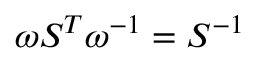
\omega S ^ { T } \omega ^ { - 1 } = S ^ { - 1 }